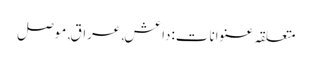
متعلقہ عنوانات‬:داعش, عراق, موصل